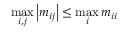
\operatorname* { m a x } _ { i , j } \left| m _ { i j } \right| \leq \operatorname* { m a x } _ { i } m _ { i i }